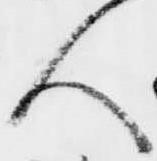
人